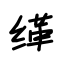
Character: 缂